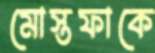
মোস্তফাকে